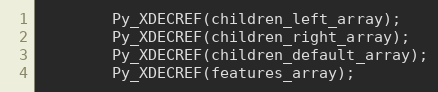
Language: C++
        Py_XDECREF(children_left_array);
        Py_XDECREF(children_right_array);
        Py_XDECREF(children_default_array);
        Py_XDECREF(features_array);